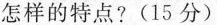
怎样的特点?(15分)